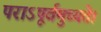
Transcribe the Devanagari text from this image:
पराऽपूर्वमुच्यते।